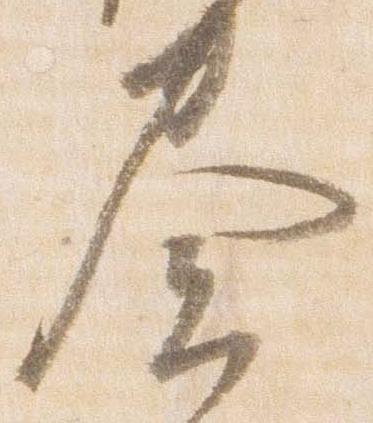
奏